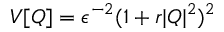
V [ Q ] = \epsilon ^ { - 2 } ( 1 + r | Q | ^ { 2 } ) ^ { 2 }